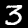
Label: 3